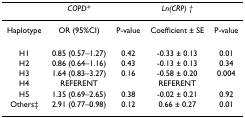
|  | COPD* |  | Ln(CRP) † |  |
 | --- | --- | --- | --- | --- |
 | Haplotype | OR (95%CI) | P-value | Coefficient ± SE | P-value |
 | H1 | 0.85 (0.57–1.27) | 0.42 | -0.33 ± 0.13 | 0.01 |
 | H2 | 0.86 (0.64–1.16) | 0.43 | -0.13 ± 0.13 | 0.34 |
 | H3 | 1.64 (0.83–3.27) | 0.16 | -0.58 ± 0.20 | 0.004 |
 | H4 | REFERENT |  | REFERENT |  |
 | H5 | 1.35 (0.69–2.65) | 0.38 | -0.02 ± 0.21 | 0.92 |
 | Others‡ | 2.91 (0.77–0.98) | 0.12 | 0.66 ± 0.27 | 0.01 |